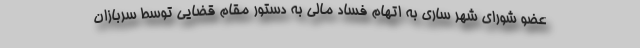
عضو شورای شهر ساری به اتهام فساد مالی به دستور مقام قضایی توسط سربازان